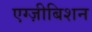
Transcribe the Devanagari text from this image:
एग्ज़ीबिशन